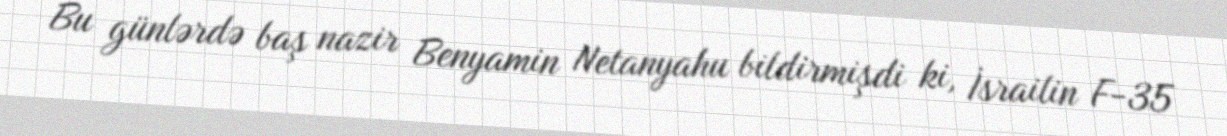
Bu günlərdə baş nazir Benyamin Netanyahu bildirmişdi ki, İsrailin F-35